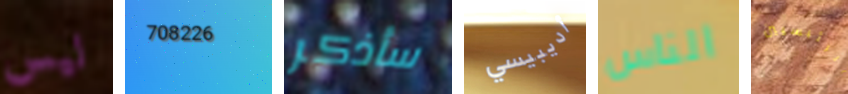
ليس 708226 سأذكر أديبيسي الناس الرئيسيين